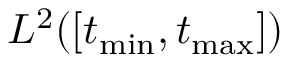
L ^ { 2 } ( [ t _ { \mathrm { m i n } } , t _ { \mathrm { m a x } } ] )